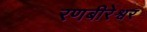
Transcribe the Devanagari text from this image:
रणबीरेश्वर